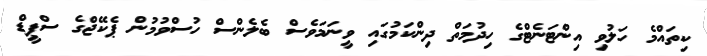
ކިތައްމެ ހަލުވި އިންޓަނެޓްގެ ހިދުމަތް ދިންކަމުގައި ވީނަމަވެސް ބެލެންސް ހުސްވުމުން ޕެކޭޖްގެ ސްޕީޑް